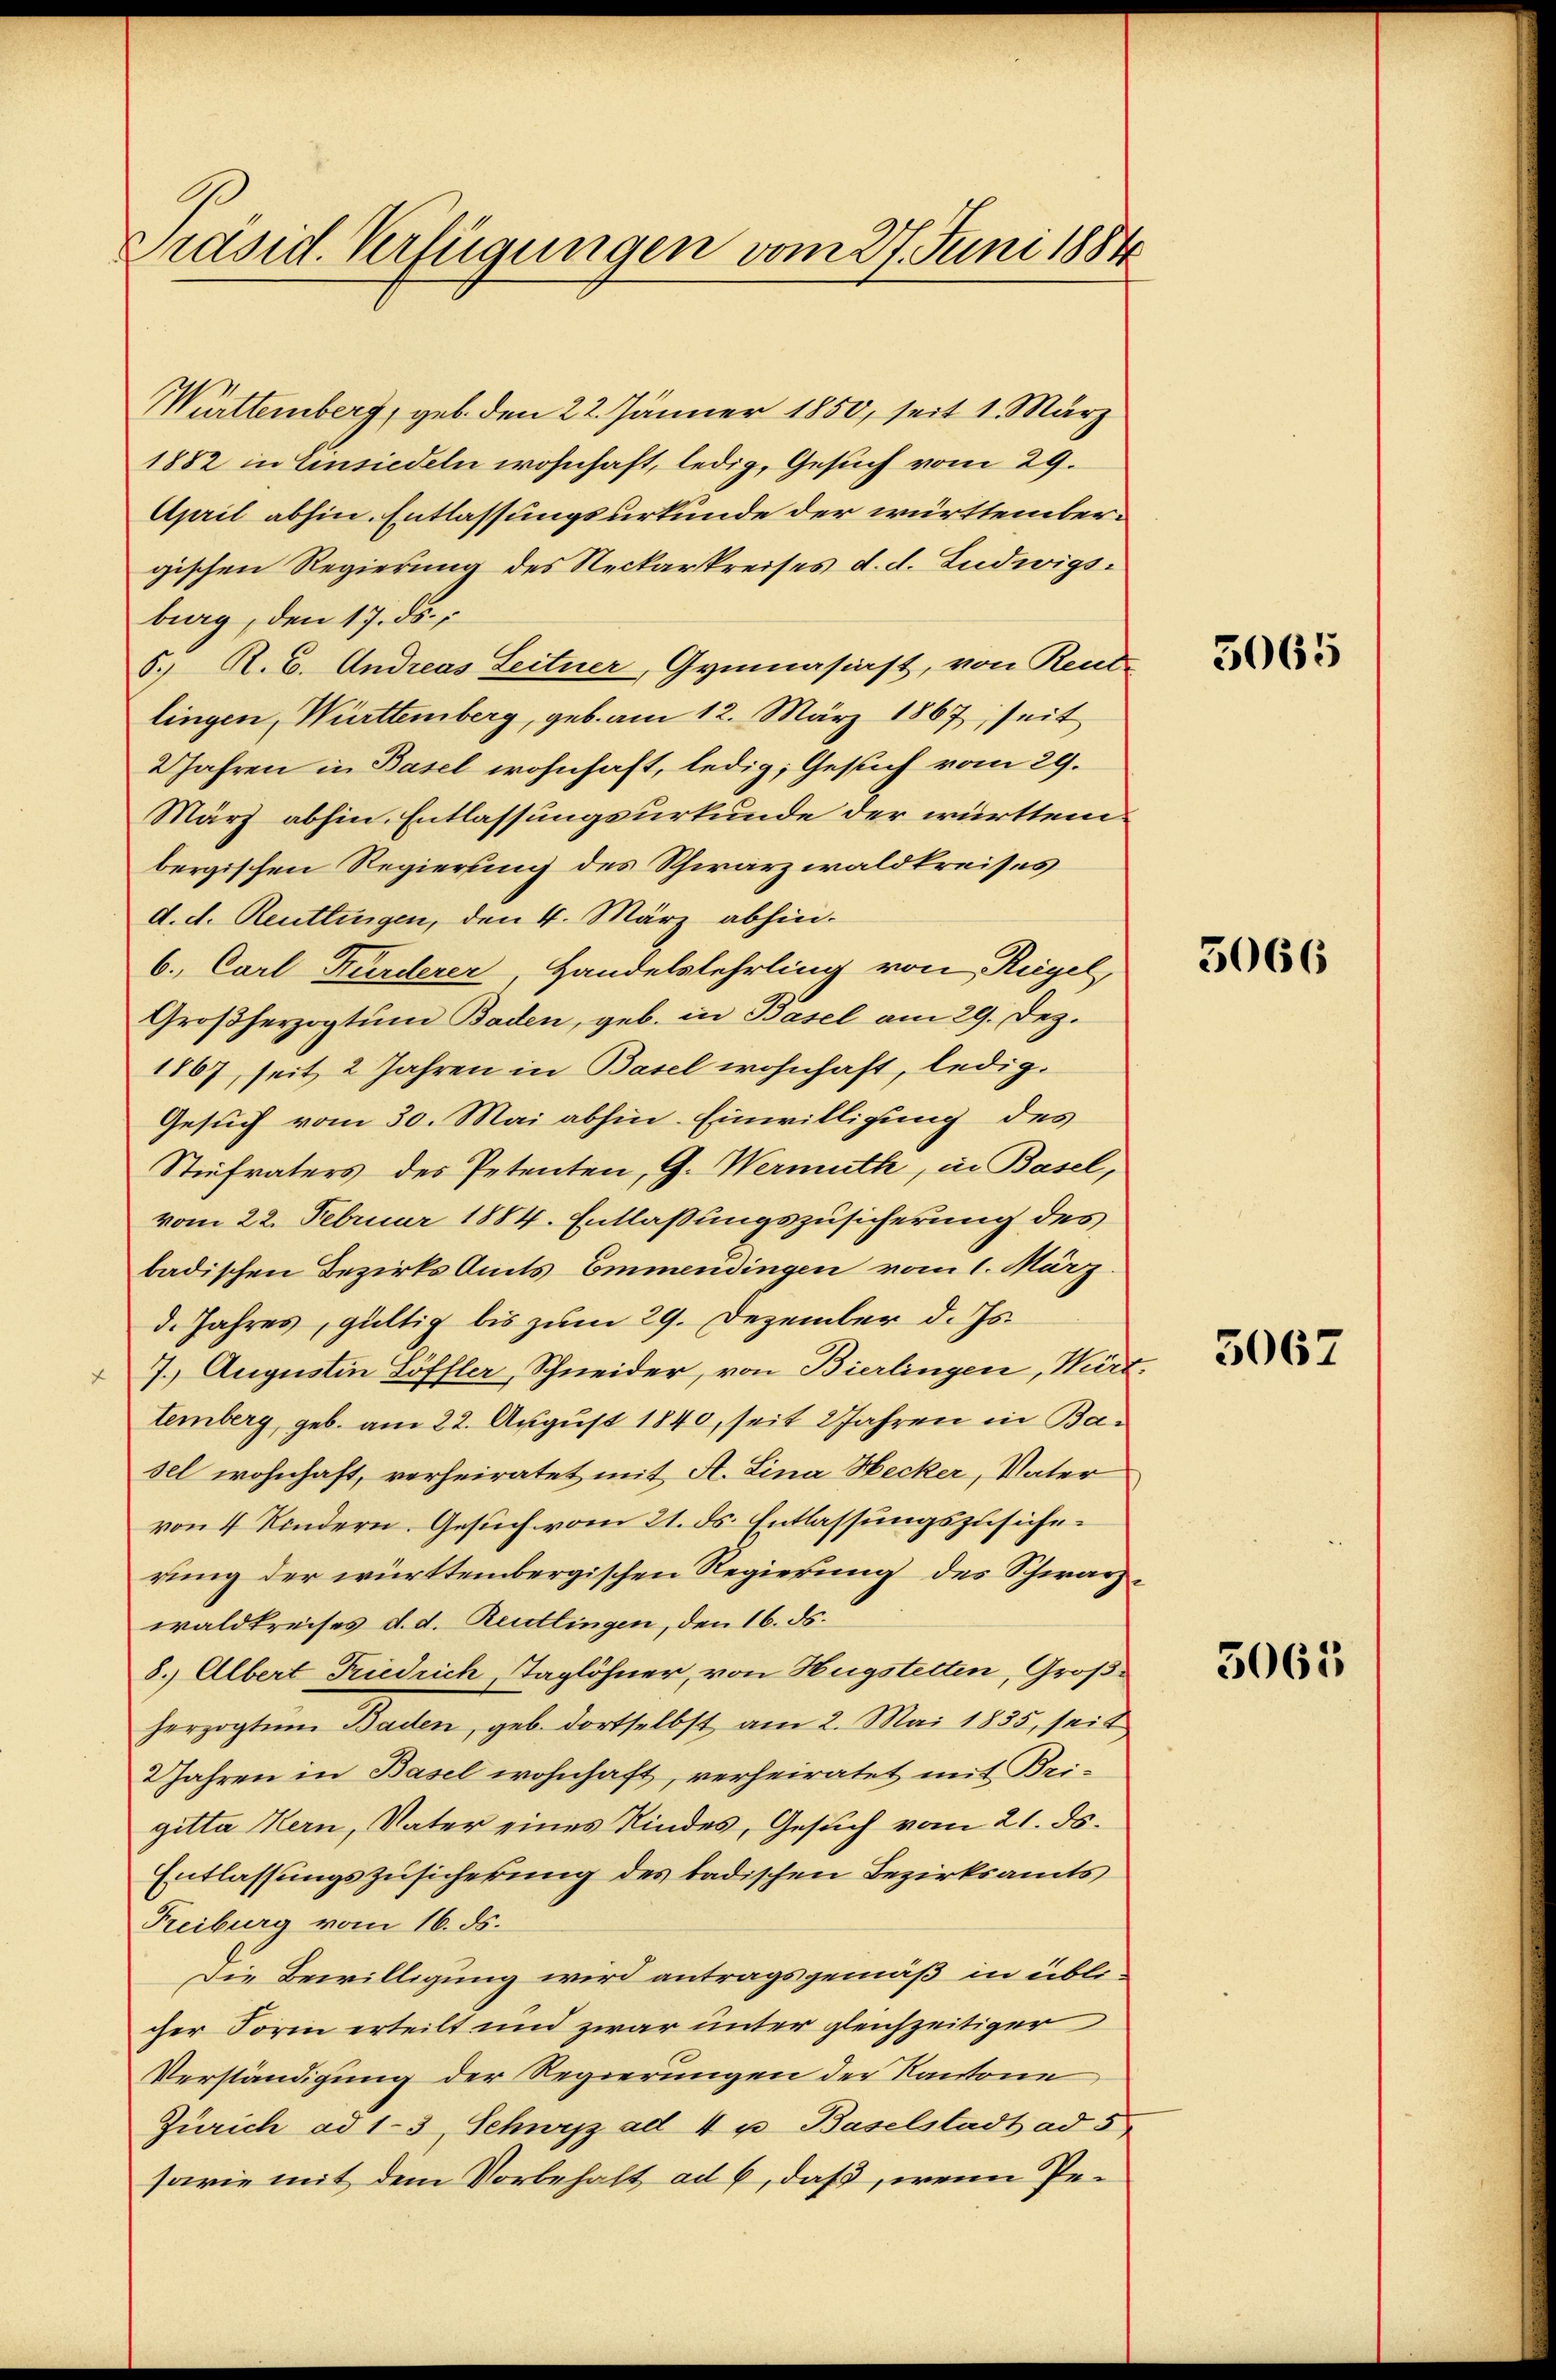
Präsid. Verfügungen vom 27. Juni 1884

Württemberg, geb. den 22. Jänner 1850, seit 1. März
1882 in Einsiedeln wohnhaft, ledig, Gesuch vom 29.
April abhin. Entlassungsurkunde der württembergischen Regierung des Reckarkreises d. d. Ludwigsburg, den 17. ds.
5. R. 6. Andreas Leitner, Gymnasiast, von Reut-
lingen, Württemberg, geb. am 12. März 1867; seit
2 Jahren in Basel wohnhaft, ledig, Gesuch vom 29.
März abhin. Entlassungsurkunde der württem
bergischen Regierung des Schwarzwaldkreises
d. d. Reutlingen, den 4. März abhin.
6. Carl Kürderer, Handelslehrling von Regel,
Großherzogtum Baden, geb. in Basel am 29. Dez.
1867, seit 2 Jahren in Basel wohnhaft, ledig¬
Gesuch vom 30. Mai abhin Einwilligung des
Stiefvaters des Petenten, G. Wermuth, in Basel,
vom 22. Februar 1884. Entlaßungszusicherung des
badischen Bezirks Amts Emmendingen vom 1. März.
d. Jahres, gültig bis zum 29. Dezember d. Js.
7. Augustin Löffler, Schneider, von Bierlingen, Wirt.
temberg geb. am 22. August 1840, seit 2 Jahren in Basel wohnhaft, verheiratet mit A. Lina Hecker, Vater
von 4 Kindern. Gesuch vom 21. ds. Entlassungszusicherung der württembergischen Regierung des Schwarzwaldkreises d. d. Reitlingen, den 16. ds.
8.) Albert Friedrich Taglöhner, von Hugstetten, Großherzogtum Baden, geb. dortselbst am 2. Mai 1835, seit
2 Jahren in Basel wohnhaft, verheiratet mit Uri-
gitta Kern, Vater eines Kindes, Gesuch vom 21. ds.
Entlassungszusicherung des tadischen Bezirksamts
Freiburg vom 16. ds.
Die Bewilligung wird antragsgemäß in üblicher Form erteilt und zwar unter gleichzeitiger
Verständigung der Regierungen der Kantone
Zürich ad 13, Schwyz ad 4 u Baselstadt ad 5
sarie mit dem Vorbehalt ad 6, daß, wenn Pe¬

5065

5066

3067

3065